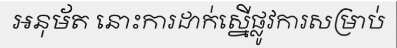
អនុម័ត នោះការដាក់ស្នើផ្លូវការសម្រាប់